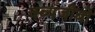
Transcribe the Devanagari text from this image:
क्व्यजीबो